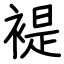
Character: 褆